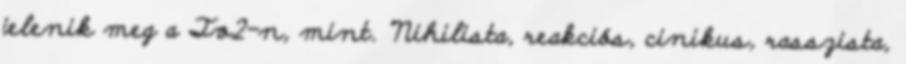
jelenik meg a Tv2-n, mint. "Nihilista, reakciós, cinikus, rasszista,